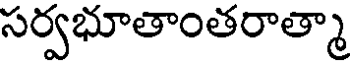
సర్వభూతాంతరాత్మా